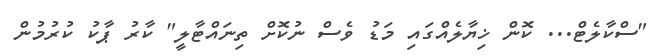
"ސްކާލެޓް... ކޮން ޚިޔާލެއްގައި މަޑު ވެސް ނުކޮށް ތިނައްޓާލީ" ކާރު ޕާކު ކުރުމުން